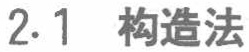
2.1 构造法